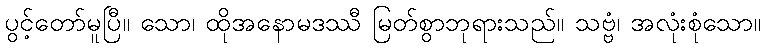
ပွင့်တော်မူပြီ။ သော၊ ထိုအနောမဒဿီ မြတ်စွာဘုရားသည်။ သဗ္ဗံ၊ အလုံးစုံသော။